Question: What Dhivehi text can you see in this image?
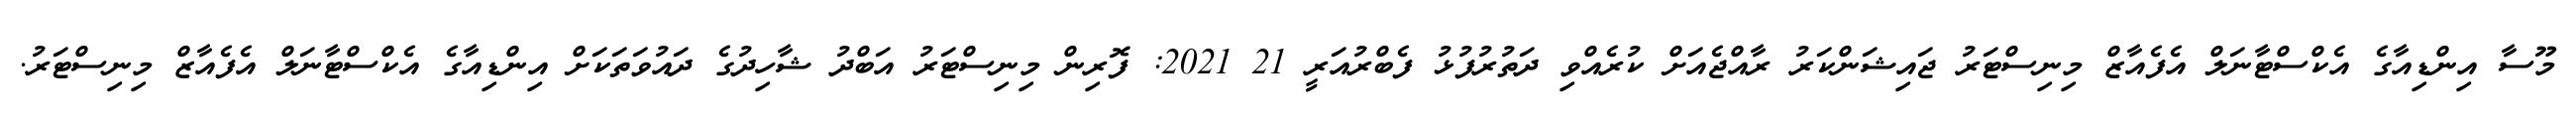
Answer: މޫސާ އިންޑިއާގެ އެކްސްޓާނަލް އެފެއާޒް މިނިސްޓަރު ޖައިޝަންކަރު ރާއްޖެއަށް ކުރެއްވި ދަތުރުފުޅު ފެބްރުއަރީ 21 2021: ފޮރިން މިނިސްޓަރު އަބްދު ޝާހިދުގެ ދައުވަތަކަށް އިންޑިއާގެ އެކްސްޓާނަލް އެފެއާޒް މިނިސްޓަރު.